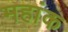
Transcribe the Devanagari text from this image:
महांक